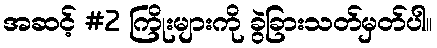
အဆင့် #2 ကြိုးများကို ခွဲခြားသတ်မှတ်ပါ။